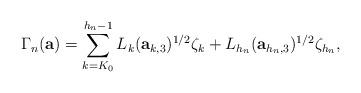
LaTeX: \begin{align*} \Gamma_n(\mathbf{a}) = \sum_{k=K_0}^{h_n-1} L_k(\mathbf{a}_{k, 3})^{1/2}\zeta_k + L_{h_n}(\mathbf{a}_{h_n, 3})^{1/2}\zeta_{h_n},\end{align*}